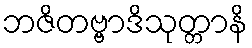
ဘဇိတဗ္ဗာဒိသုတ္တာနိ